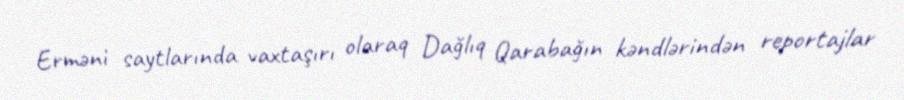
Erməni saytlarında vaxtaşırı olaraq Dağlıq Qarabağın kəndlərindən reportajlar